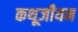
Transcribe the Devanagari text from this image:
कथूजीयन